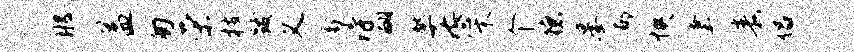
那益匆荣枝跋义禽得翩猷茫心木个德晏郁怏聿毒侣